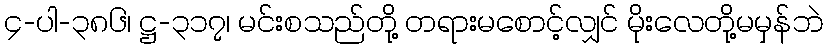
၄-ပါ-၃၈၆၊ ဋ္ဌ-၃၁၇၊ မင်းစသည်တို့ တရားမစောင့်လျှင် မိုးလေတို့မမှန်ဘဲ